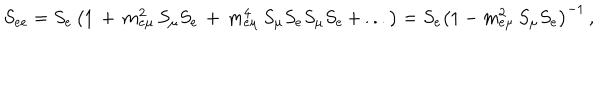
LaTeX: S _ { e e } = S _ { e } \left( 1 \, + \, m _ { e \mu } ^ { 2 } \, S _ { \mu } S _ { e } \, + \, m _ { e \mu } ^ { 4 } \, S _ { \mu } S _ { e } S _ { \mu } S _ { e } \, + \, . . . \right) = S _ { e } \left( 1 - m _ { e \mu } ^ { 2 } \, S _ { \mu } S _ { e } \right) ^ { - 1 } \, ,